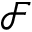
\mathcal { F }